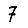
Digit: 7